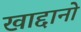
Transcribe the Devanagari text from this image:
खाद्दानो